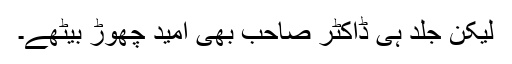
لیکن جلد ہی ڈاکٹر صاحب بھی امید چھوڑ بیٹھے۔